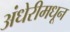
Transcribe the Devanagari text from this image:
अंधेरीमधून